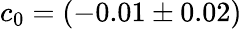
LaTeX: c_{0}=(-0.01\pm 0.02)